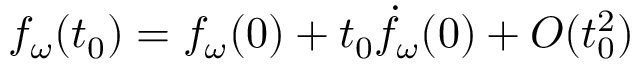
f _ { \omega } ( t _ { 0 } ) = f _ { \omega } ( 0 ) + t _ { 0 } \dot { f } _ { \omega } ( 0 ) + O ( t _ { 0 } ^ { 2 } )